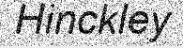
Hinckley